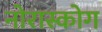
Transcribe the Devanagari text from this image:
नोरास्कोग